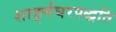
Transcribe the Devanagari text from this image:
शाङ्‌र्गघरपद्धति